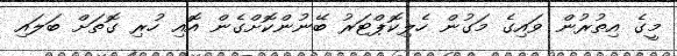
މީގެ އިތުރުން ވައިގެ މަގުން ހެލިކޮޕްޓަރު ބޭނުންކޮށްގެން އޮއި ހުރި ގޮތަށް ބަލައި